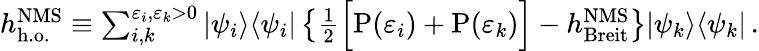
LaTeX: \begin{array}{r}{h_{\mathrm{h.o.}}^{\mathrm{NMS}}\equiv\sum_{i,k}^{\varepsilon_{i},\varepsilon_{k}>0}|\psi_{i}\rangle\langle\psi_{i}|\left\{ \frac{1}{2}\Big[\mathrm{P}(\varepsilon_{i})+\mathrm{P}(\varepsilon_{k})\Big]-h_{\mathrm{Breit}}^{\mathrm{NMS}}\right\} |\psi_{k}\rangle\langle\psi_{k}|\, .}\end{array}